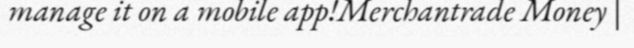
manage it on a mobile app!Merchantrade Money |